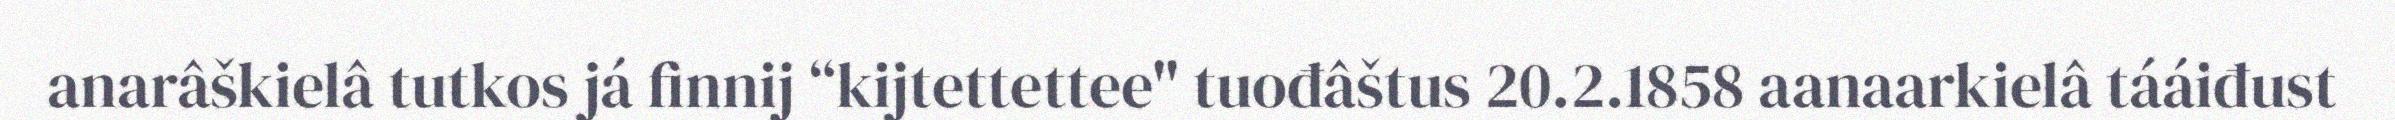
anarâškielâ tutkos já finnij “kijtettettee" tuođâštus 20.2.1858 aanaarkielâ tááiđust